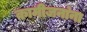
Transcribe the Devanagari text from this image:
कामीजनांना